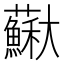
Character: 𡚡